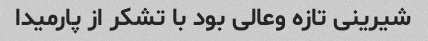
شیرینی تازه وعالی بود با تشکر از پارمیدا